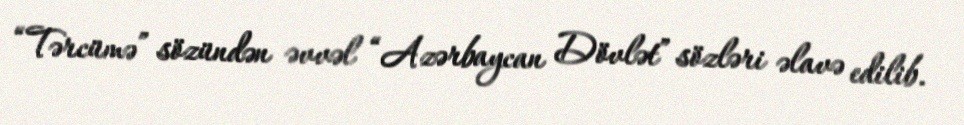
“Tərcümə” sözündən əvvəl “Azərbaycan Dövlət” sözləri əlavə edilib.